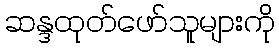
ဆန္ဒထုတ်ဖော်သူများကို